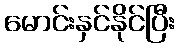
မောင်းနှင်နိုင်ပြီး